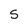
Character: 5